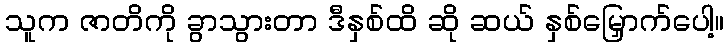
သူက ဇာတိကို ခွာသွားတာ ဒီနှစ်ထိ ဆို ဆယ် နှစ်မြှောက်ပေါ့။